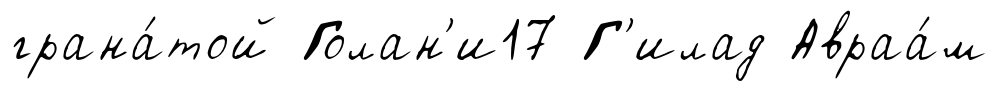
грана́той Голан'и17 Г'илад Авраа́м